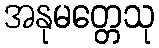
အနုမတ္တေသု